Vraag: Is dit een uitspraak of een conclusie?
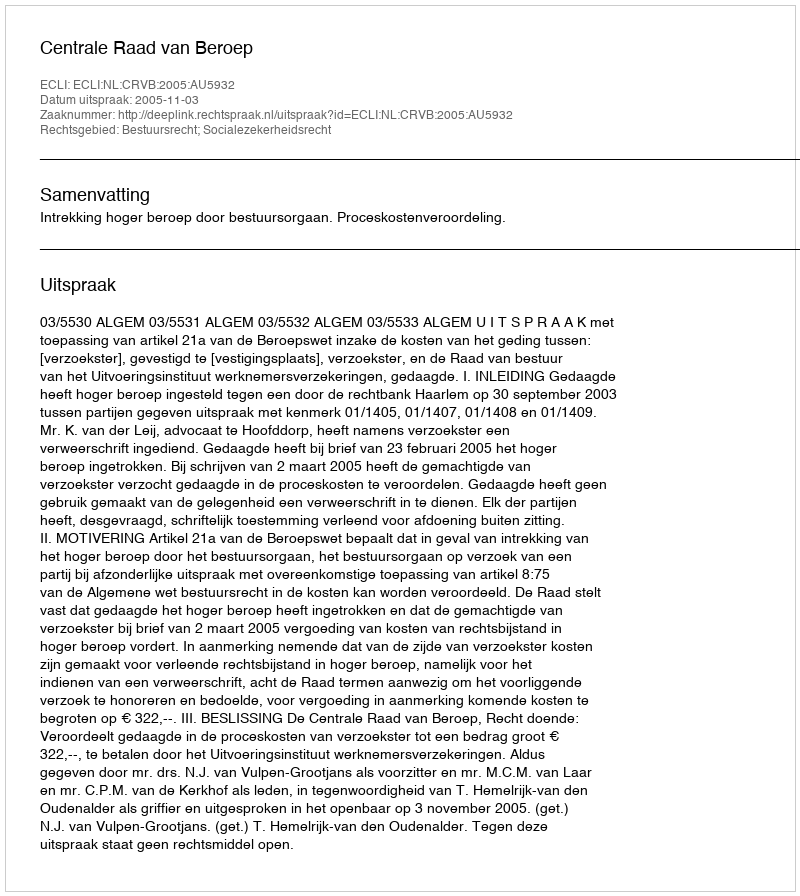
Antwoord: Uitspraak